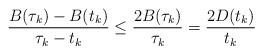
LaTeX: \begin{align*} \frac{B(\tau_k) - B(t_k)}{\tau_k - t_k}\le \frac{2B(\tau_k)}{\tau_k}= \frac{2D(t_k)}{t_k}\end{align*}